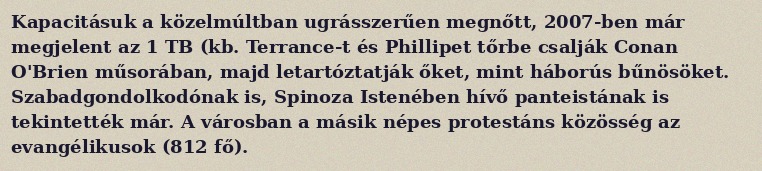
Kapacitásuk a közelmúltban ugrásszerűen megnőtt, 2007-ben már megjelent az 1 TB (kb. Terrance-t és Phillipet tőrbe csalják Conan O'Brien műsorában, majd letartóztatják őket, mint háborús bűnösöket. Szabadgondolkodónak is, Spinoza Istenében hívő panteistának is tekintették már. A városban a másik népes protestáns közösség az evangélikusok (812 fő).